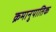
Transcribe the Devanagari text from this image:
क्रमानुपातिक